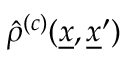
\hat { \rho } ^ { ( c ) } ( \underline { { x } } , \underline { { x } } ^ { \prime } )